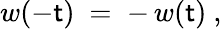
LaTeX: w(-\mathsf{t})~=\; -\, w(\mathsf{t})~,